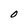
Character: O